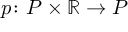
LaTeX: p \colon P \times \mathbb { R } \to P